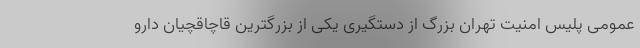
عمومی پلیس امنیت تهران بزرگ از دستگیری یکی از بزرگترین قاچاقچیان دارو